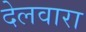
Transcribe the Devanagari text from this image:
देलवारा